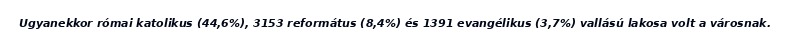
Ugyanekkor római katolikus (44,6%), 3153 református (8,4%) és 1391 evangélikus (3,7%) vallású lakosa volt a városnak.